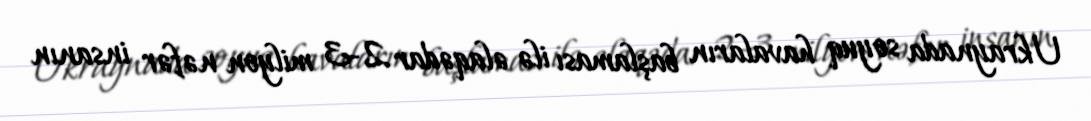
Ukraynada soyuq havaların başlaması ilə əlaqədar 2-3 milyon nəfər insanın